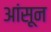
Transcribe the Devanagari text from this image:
आंसून